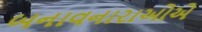
બનાવનારાઓએ